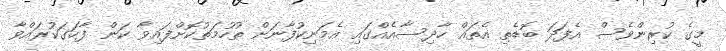
މީގެ ކުރިންވެސް އެފަދަ ބޮޑެތި އެތައް ހާދިސާއެއްގައި އެމަނިކުފާނަށް ތުހުމަތުކޮށްފައިވާ ކަން ފާހަގަކުރައްވާ